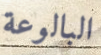
البالوعة